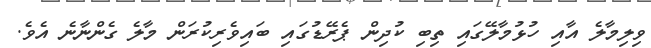
ވިލިމާލެ އާއި ހުޅުމާލޭގައި ތިބި ކުދިން ޕެރޭޑުގައި ބައިވެރިކުރަން މާލެ ގެންނާނެ އެވެ.